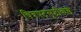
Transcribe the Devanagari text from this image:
चित्रपटसृष्टीकडे